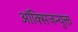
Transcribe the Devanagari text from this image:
ऑक्सिजन्युक्त